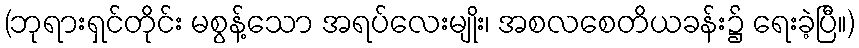
(ဘုရားရှင်တိုင်း မစွန့်သော အရပ်လေးမျိုး၊ အစလစေတိယခန်း၌ ရေးခဲ့ပြီ။)